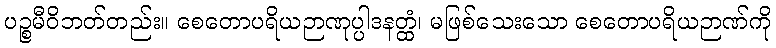
ပဉ္စမီဝိဘတ်တည်း။ စေတောပရိယဉာဏုပ္ပါဒနတ္ထံ၊ မဖြစ်သေးသော စေတောပရိယဉာဏ်ကို